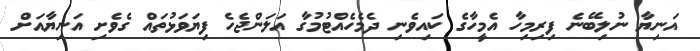
އަނިޔާ ނުލިބޭނެ ފިރިމިހާ އެމީހާގެ ކައިވެނި ދެމެހެއްޓުމުގާ އަލަންޖެހެ ފިޔަވަޅުތައް ގެވެށި އަނިޔާއަށް